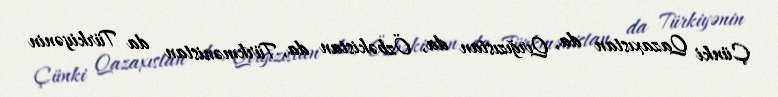
Çünki Qazaxıstan da, Qırğızıstan da, Özbəkistan da, Türkmənistan da Türkiyənin